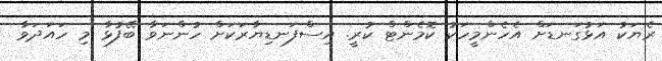
ރެޔަކު އަޅުގަނޑަށް އެހެންމީހަކު ކޮމެންޓް ކުރީ. އިސްފަނޑިޔާރަކަށް ހުންނަވާ ބޭފުޅާ މި ހައަދަވާ